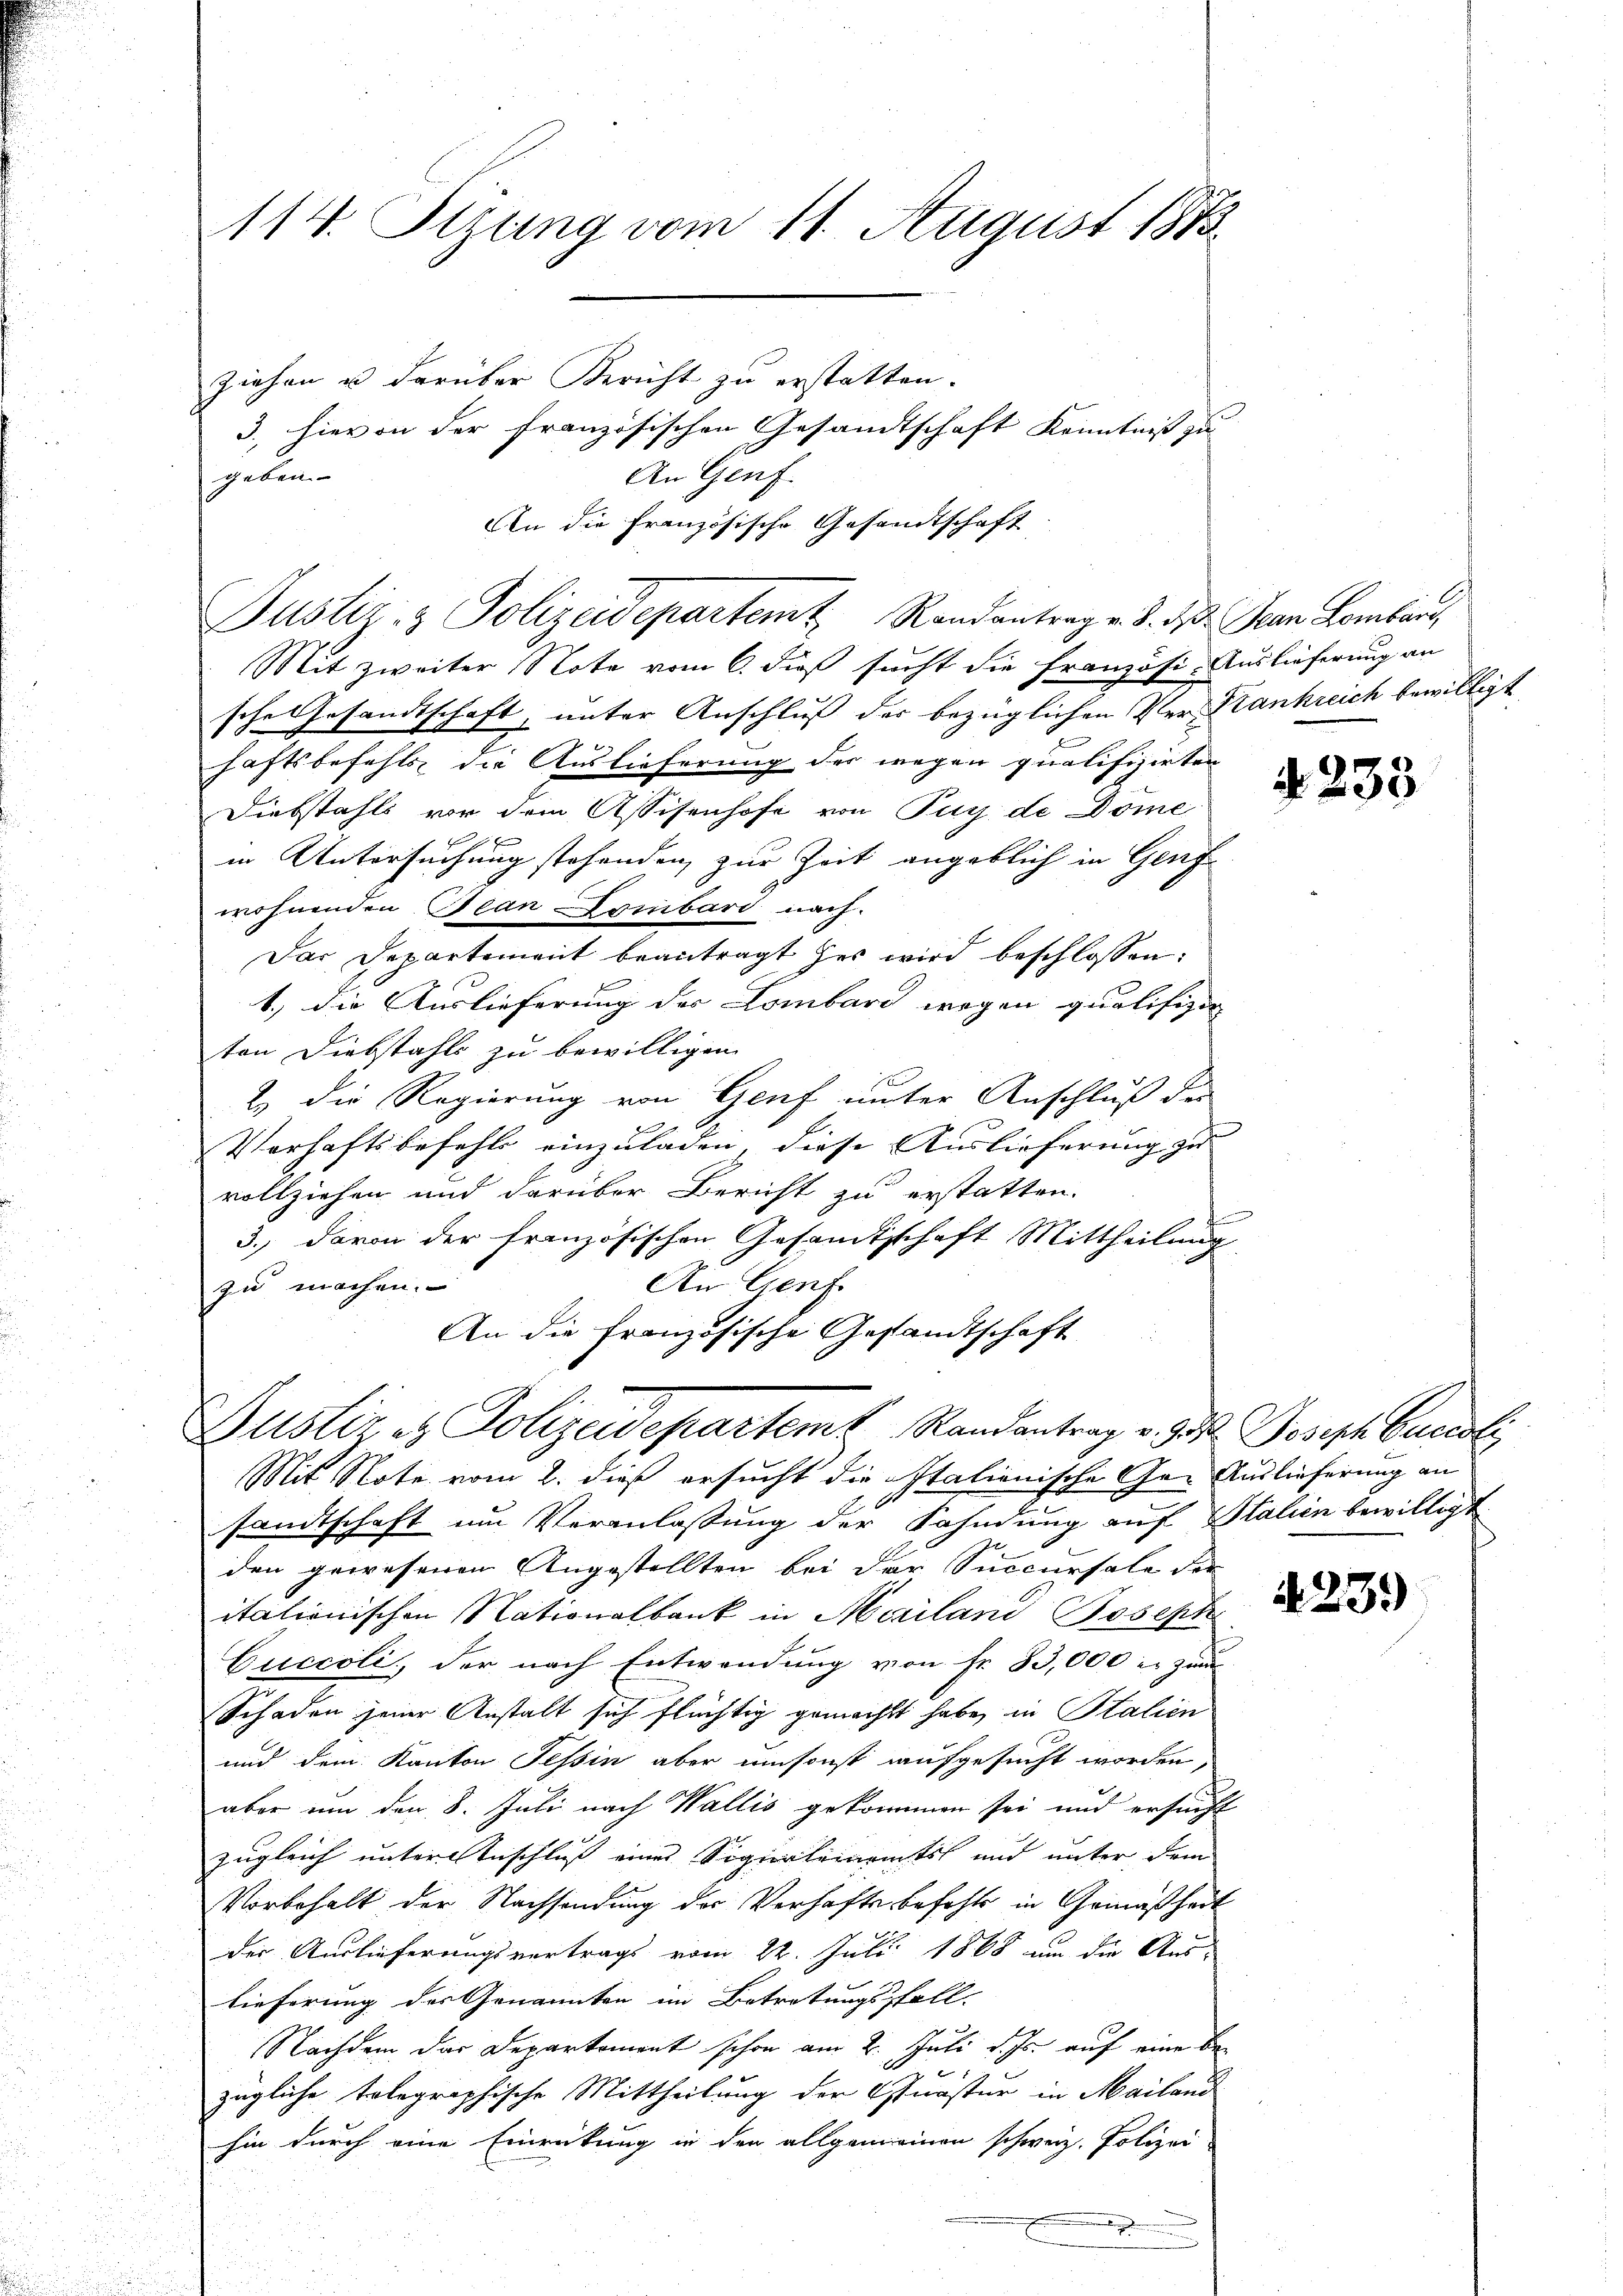
114. Sizung vom 11. August 1873.

Ziehen u darüber Bericht zu erstatten.
3. hievon der französischen Gesandtschaft Kenntniß zu
An Genf.
geben.
An die Französische Gesandtschaft
Justiz- & Polizeidepartemt Randantrag v. 3. d. Jean Lombar,
Mit zweiter Note vom 6. dieß sucht die französi- Auslieferung an
sche Gesandtschaft, unter Anschluß der bezüglichen Ver- Krankreich bewilligt
r
haftsbefehls die Auslieferung der wegen qualifizirten
Diebstahls vor dem Assisenhofe von Puy de Dome
g
in Untersuchung stehenden, zur Zeit angeblich in Genf
wohnenden Bean Lombard nach.
Das Departement beantragt her wird beschlossen:
1.) Die Auslieferung der Lombard wegen qualifizie
ten Diebstahls zu bewilligen.
2. die Regierung von Genf unter Anschluß der
e
Verhaftsbefehls einzuladen, diese Auslieferung zu
vollziehen und darüber Bericht zu erstatten.
3.) davon der französischen Gesamtsschaft Mittheilung
An Genf.
zu machen.
An die Französische Gesandtschaft
Justiz, es Polizeidepartem Randantrag v. Jos. Joseph Caroli
Mit Note vom 2. dieß ersucht die Italionische Gar Auslieferung an
sandtschaft um Veranlassung der Fahndung auf Stalien bewilligt
den gewesenen Angestellten bei der Succursale der
itationischen Nationalbank in Meriland Joseph
Cuccoli, der nach Entwendung von Fr. 83,000 er zum
Schaden jener Anstalt sich flüchtig gemacht habe, in Stalien
und dem Kanton Tessin aber umsonst aufgesucht worden,
aber um den 8. Juli nach Wallis gekommen sei und ersucht
zugleich unter Inschluss eines Sigiertementst und unter dem
Vorbehalt der Nachsendung des Verhafte befehle in Gemäßheit
der Auslieferungsvertrags vom 22. Juli 1868 um die Aus-
lieferung der Genannten im Betretungsfall
Nachdem der Departement schon am 2. Juli d. Js. auf eine bezügliche tolegraphische Mittheilung der Quaster in Mailand
hin durch eine Einrückung in den allgemeinen schweiz. Polizei
.

4. 233

A 239